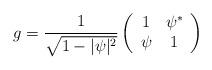
LaTeX: \begin{align*}g=\frac{1}{\sqrt{1-\vert\psi\vert^2}}\left(\begin{array}{cc}1 &\psi^*\\\psi &1\end{array}\right)\end{align*}